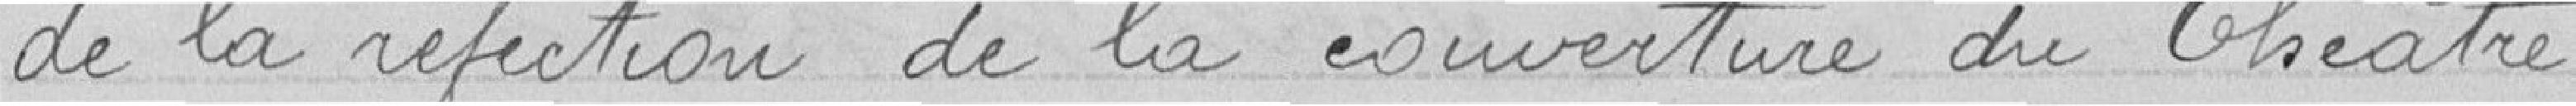
de la réfection de la couverture du Théâtre.